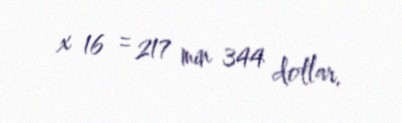
x 16 = 217 min 344 dollar.